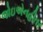
જોઇએનહીતર